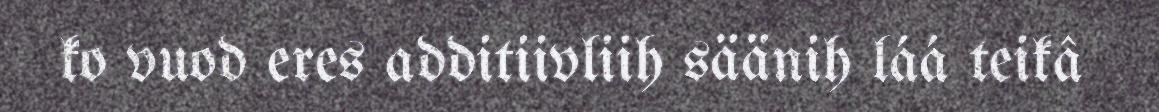
ko vuod eres additiivliih säänih láá teikâ